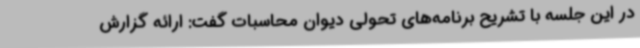
در این جلسه با تشریح برنامه‌های تحولی دیوان محاسبات گفت: ارائه گزارش